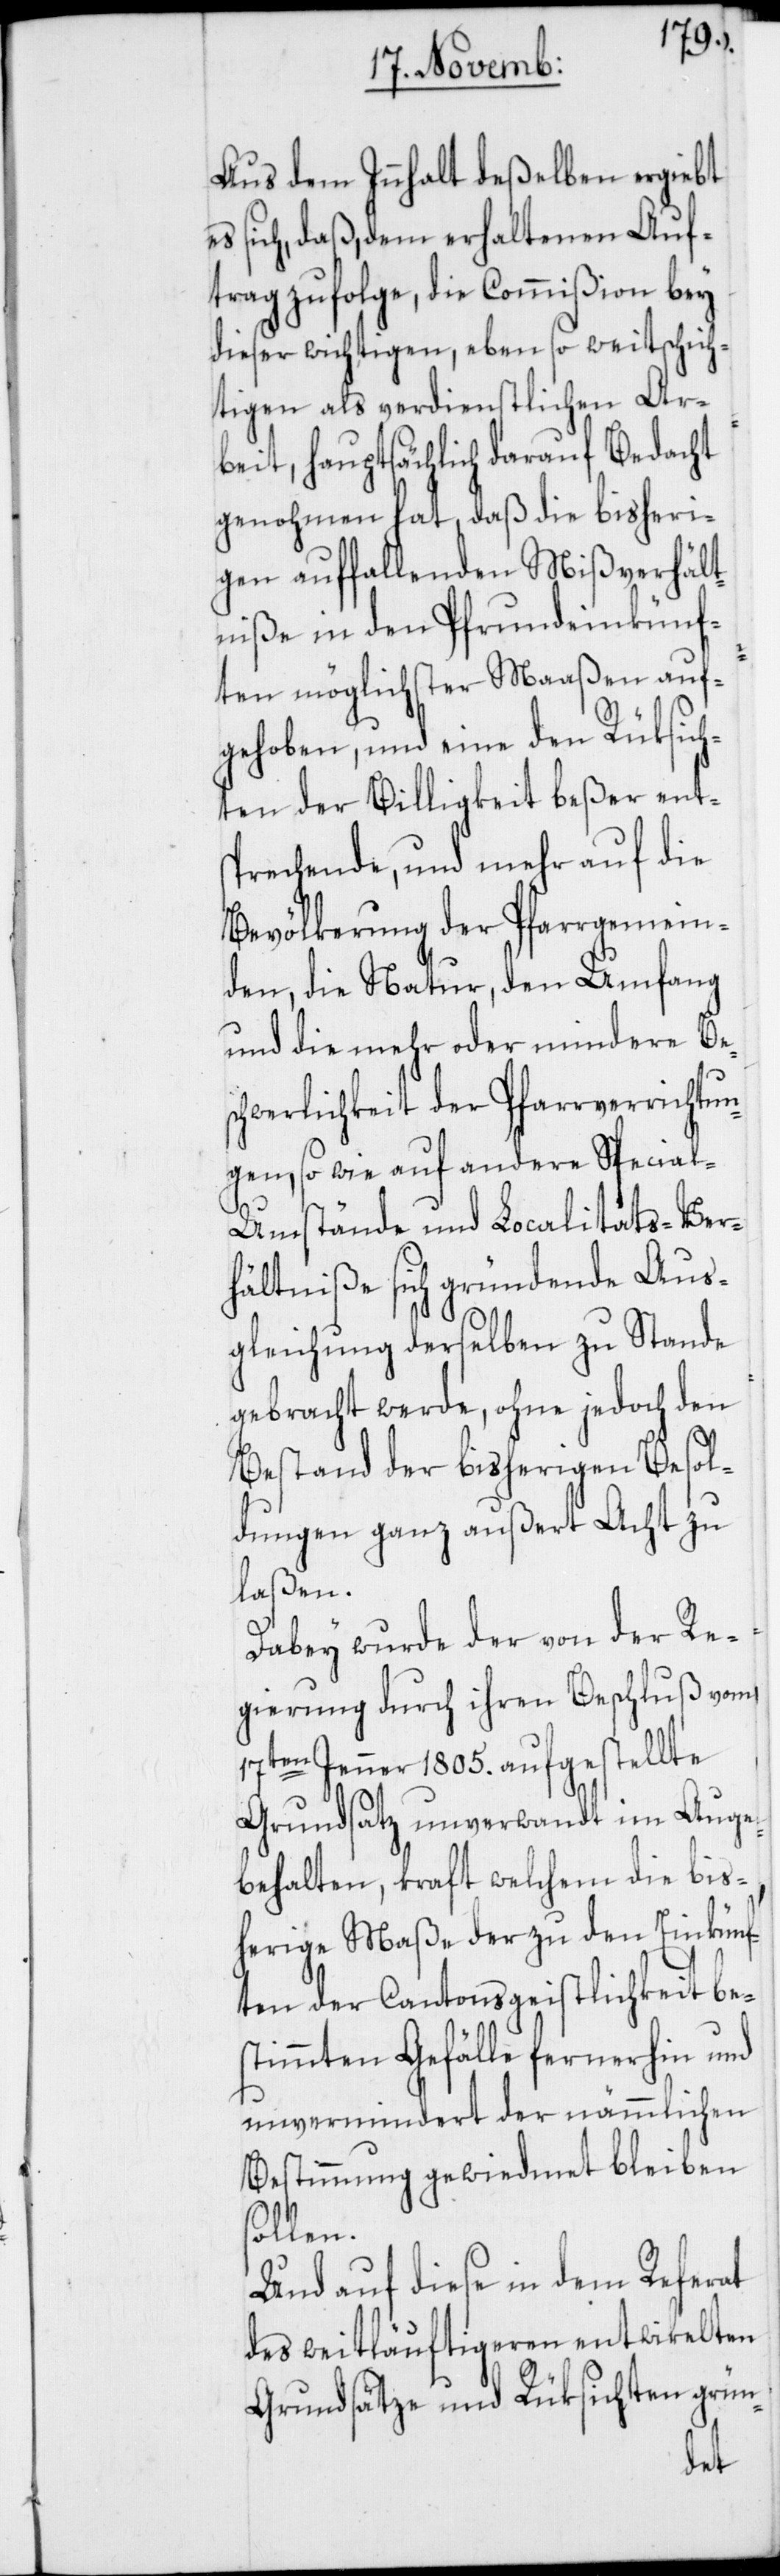
Aus dem Innhalt deßelben ergiebt
es sich, daß, dem erhaltenen Auf¬
trag zufolge, die Commißion bey
dieser wichtigen, eben so weitschich¬
tigen als verdienstlichen Ar¬
beit, hauptsächlich darauf Bedacht
genohmen hat, daß die bisheri¬
gen auffallenden Mißverhält¬
niße in den Pfrundeinkünf¬
ten möglichster Maaßen auf¬
gehoben, und eine den Rüksich¬
ten der Billigkeit beßer ents¬
prechende, und mehr auf die
Bevölkerung der Pfarrgemein¬
den, die Natur, den Umfang
und die mehr oder mindere Bes¬
chwerlichkeit der Pfarrverrichtun¬
gen, so wie auf andere Specia¬
l-Umstände und Localitäts-Ver¬
hältniße sich gründende Aus¬
gleichung derselben zu Stande
gebracht werde, ohne jedoch den
Bestand der bisherigen Besol¬
dungen ganz außert Acht zu
laßen.
Dabey wurde der von der Re¬
gierung durch ihren Beschluß vom
17ten Jenner 1805. aufgestellte
Grundsatz unverwandt im Auge
behalten, kraft welchem die bis¬
herige Maße der zu den Einkünf¬
ten der Cantonsgeistlichkeit be¬
stimmten Gefälle fernerhin und
unvermindert der nämmlichen
Bestimmung gewiedmet bleiben
sollen.
Und auf diese in dem Referat
des weitläuftigeren entwikelten
Grundsätze und Rüksichten grün-